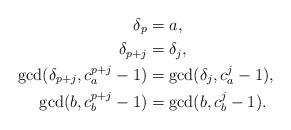
LaTeX: \begin{align*}\delta_p &= a, \\\delta_{p+j} &= \delta_j, \\\gcd(\delta_{p+j}, c_a^{p+j}-1) &= \gcd(\delta_j, c_a^j-1), \\\gcd(b, c_b^{p+j}-1) &= \gcd(b, c_b^j-1).\end{align*}